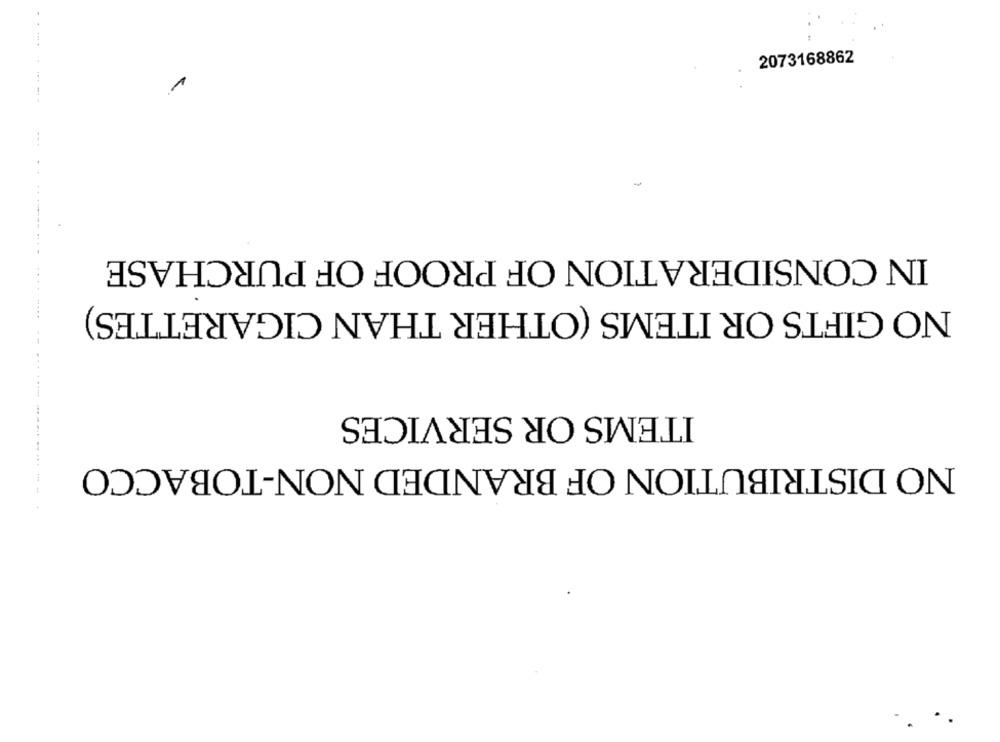
2073168862
-
IN CONSIDERATION OF PROOF OF PURCHASE
NO GIFTS OR ITEMS (OTHER THAN CIGARETTES)
ITEMS OR SERVICES
NO DISTRIBUTION OF BRANDED NON-TOBACCO
------------